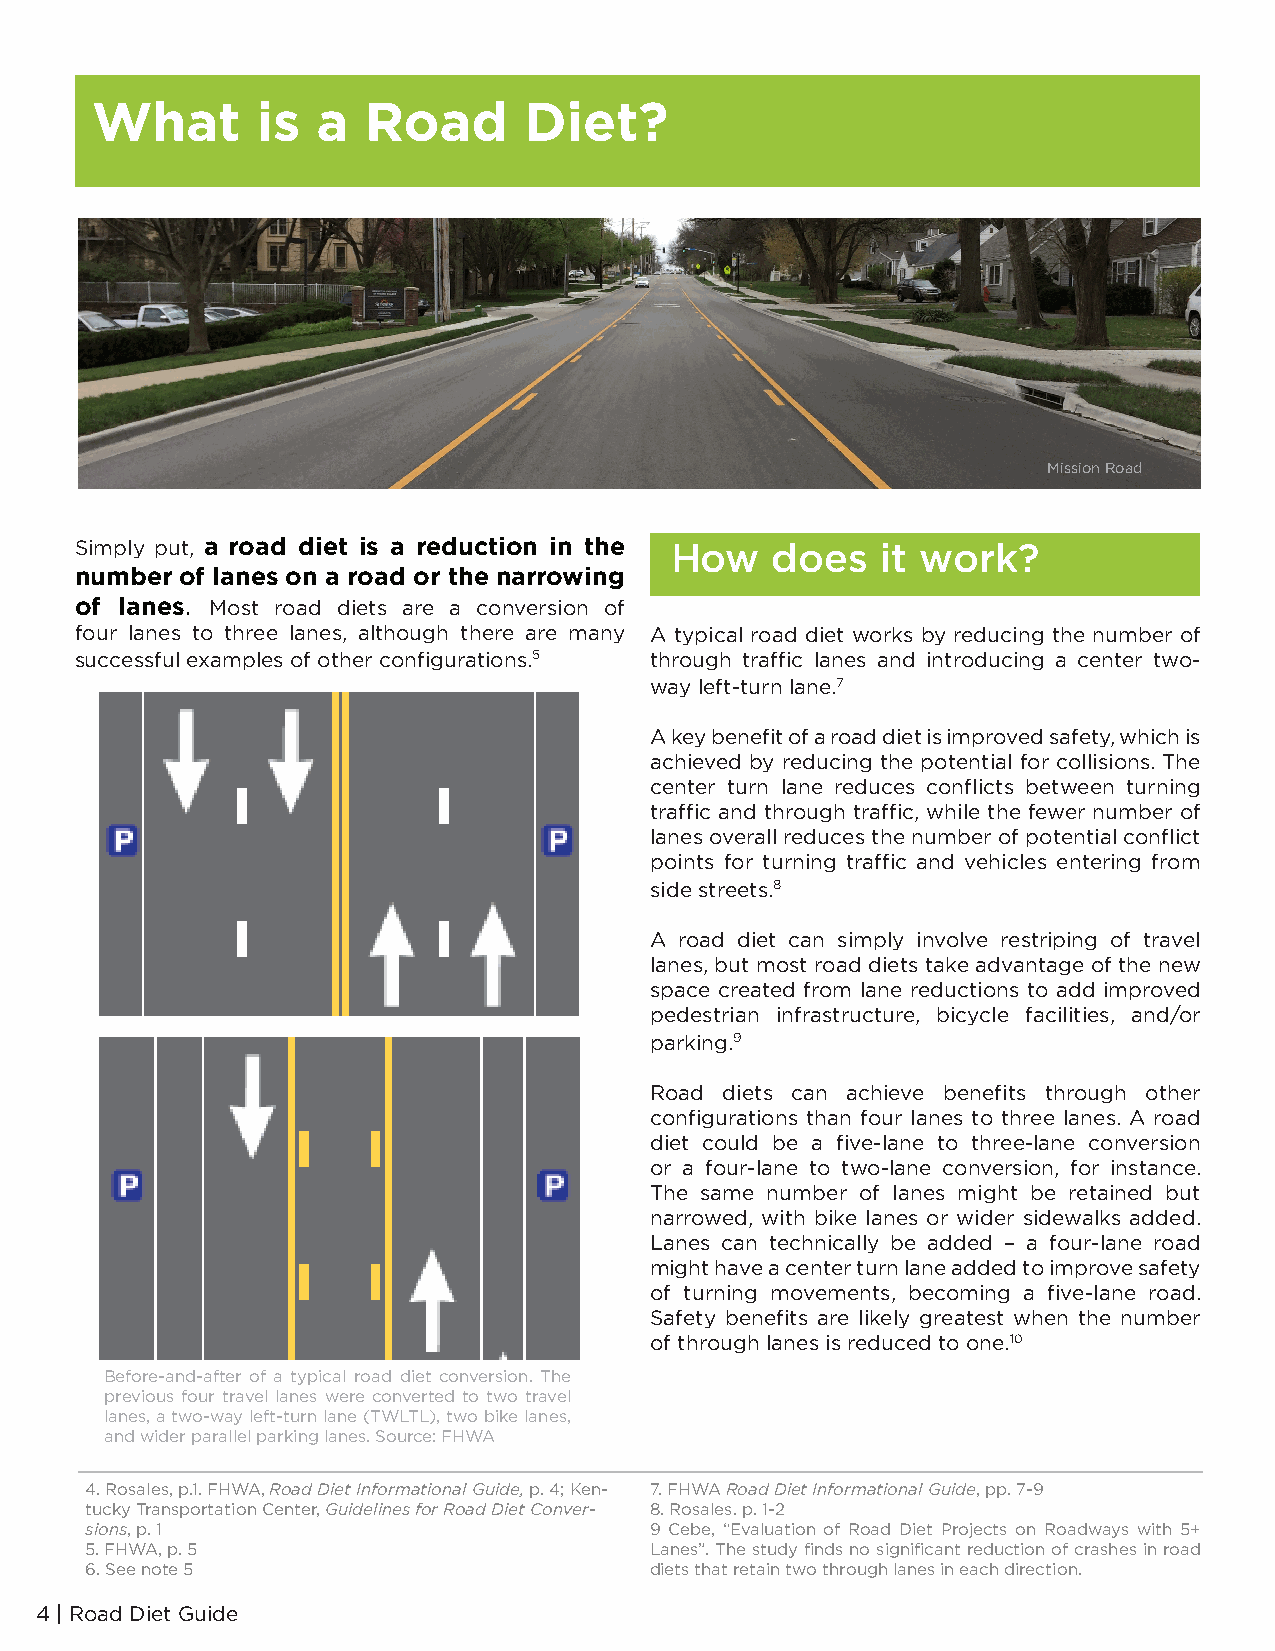
What       is  a  Road       Diet?
 Mission Road
 Simply put, a road diet is a reduction in the How does it work?
 number of lanes on a road or the narrowing
 of lanes. Most road diets are a conversion of
 four lanes to three lanes, although there are many A typical road diet works by reducing the number of
 successful examples of other configurations.5 through traffic lanes and introducing a center two-
 way left-turn lane.7
 A key benefit of a road diet is improved safety, which is
 achieved by reducing the potential for collisions. The
 center turn lane reduces conflicts between turning
 traffic and through traffic, while the fewer number of
 lanes overall reduces the number of potential conflict
 points for turning traffic and vehicles entering from
 side streets.8
 A road diet can simply involve restriping of travel
 lanes, but most road diets take advantage of the new
 space created from lane reductions to add improved
 pedestrian infrastructure, bicycle facilities, and/or
 parking.9
 Road diets can achieve benefits through other
 configurations than four lanes to three lanes. A road
 diet could be a five-lane to three-lane conversion
 or a four-lane to two-lane conversion, for instance.
 The same number of lanes might be retained but
 narrowed, with bike lanes or wider sidewalks added.
 Lanes can technically be added – a four-lane road
 might have a center turn lane added to improve safety
 of turning movements, becoming a five-lane road.
 Safety benefits are likely greatest when the number
 of through lanes is reduced to one.10
 Before-and-after of a typical road diet conversion. The
 previous four travel lanes were converted to two travel
 lanes, a two-way left-turn lane (TWLTL), two bike lanes,
 and wider parallel parking lanes. Source: FHWA
 4. Rosales, p.1. FHWA, Road Diet Informational Guide, p. 4; Ken- 7. FHWA Road Diet Informational Guide, pp. 7-9
 tucky Transportation Center, Guidelines for Road Diet Conver- 8. Rosales. p. 1-2
 sions, p. 1                          9 Cebe, “Evaluation of Road Diet Projects on Roadways with 5+
 5. FHWA, p. 5                        Lanes”. The study finds no significant reduction of crashes in road
 6. See note 5                        diets that retain two through lanes in each direction.
 4 | Road Diet Guide